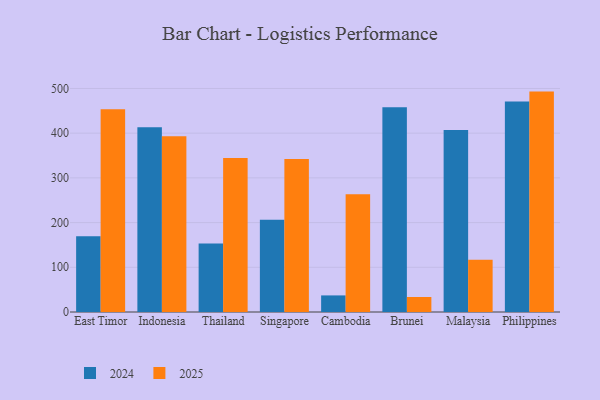
{"axis": {"x": "Country", "y": "Budget (USD K)"}, "legend": ["2024", "2025"], "data": [{"x": "East Timor", "y": 453.5, "type": "2025"}, {"x": "East Timor", "y": 169.3, "type": "2024"}, {"x": "Indonesia", "y": 393.2, "type": "2025"}, {"x": "Indonesia", "y": 413.1, "type": "2024"}, {"x": "Thailand", "y": 344.6, "type": "2025"}, {"x": "Thailand", "y": 153.1, "type": "2024"}, {"x": "Singapore", "y": 342.1, "type": "2025"}, {"x": "Singapore", "y": 206.5, "type": "2024"}, {"x": "Cambodia", "y": 263.6, "type": "2025"}, {"x": "Cambodia", "y": 37.1, "type": "2024"}, {"x": "Brunei", "y": 33.6, "type": "2025"}, {"x": "Brunei", "y": 458.1, "type": "2024"}, {"x": "Malaysia", "y": 116.7, "type": "2025"}, {"x": "Malaysia", "y": 406.9, "type": "2024"}, {"x": "Philippines", "y": 493.0, "type": "2025"}, {"x": "Philippines", "y": 470.7, "type": "2024"}]}